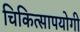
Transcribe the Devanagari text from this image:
चिकित्सापयोगी